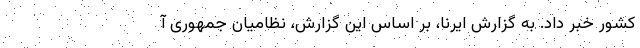
کشور خبر داد. به گزارش ایرنا، بر اساس این گزارش، نظامیان جمهوری آ